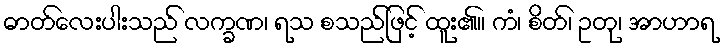
ဓာတ်လေးပါးသည် လက္ခဏ၊ ရသ စသည်ဖြင့် ထူး၏။ ကံ၊ စိတ်၊ ဥတု၊ အာဟာရ